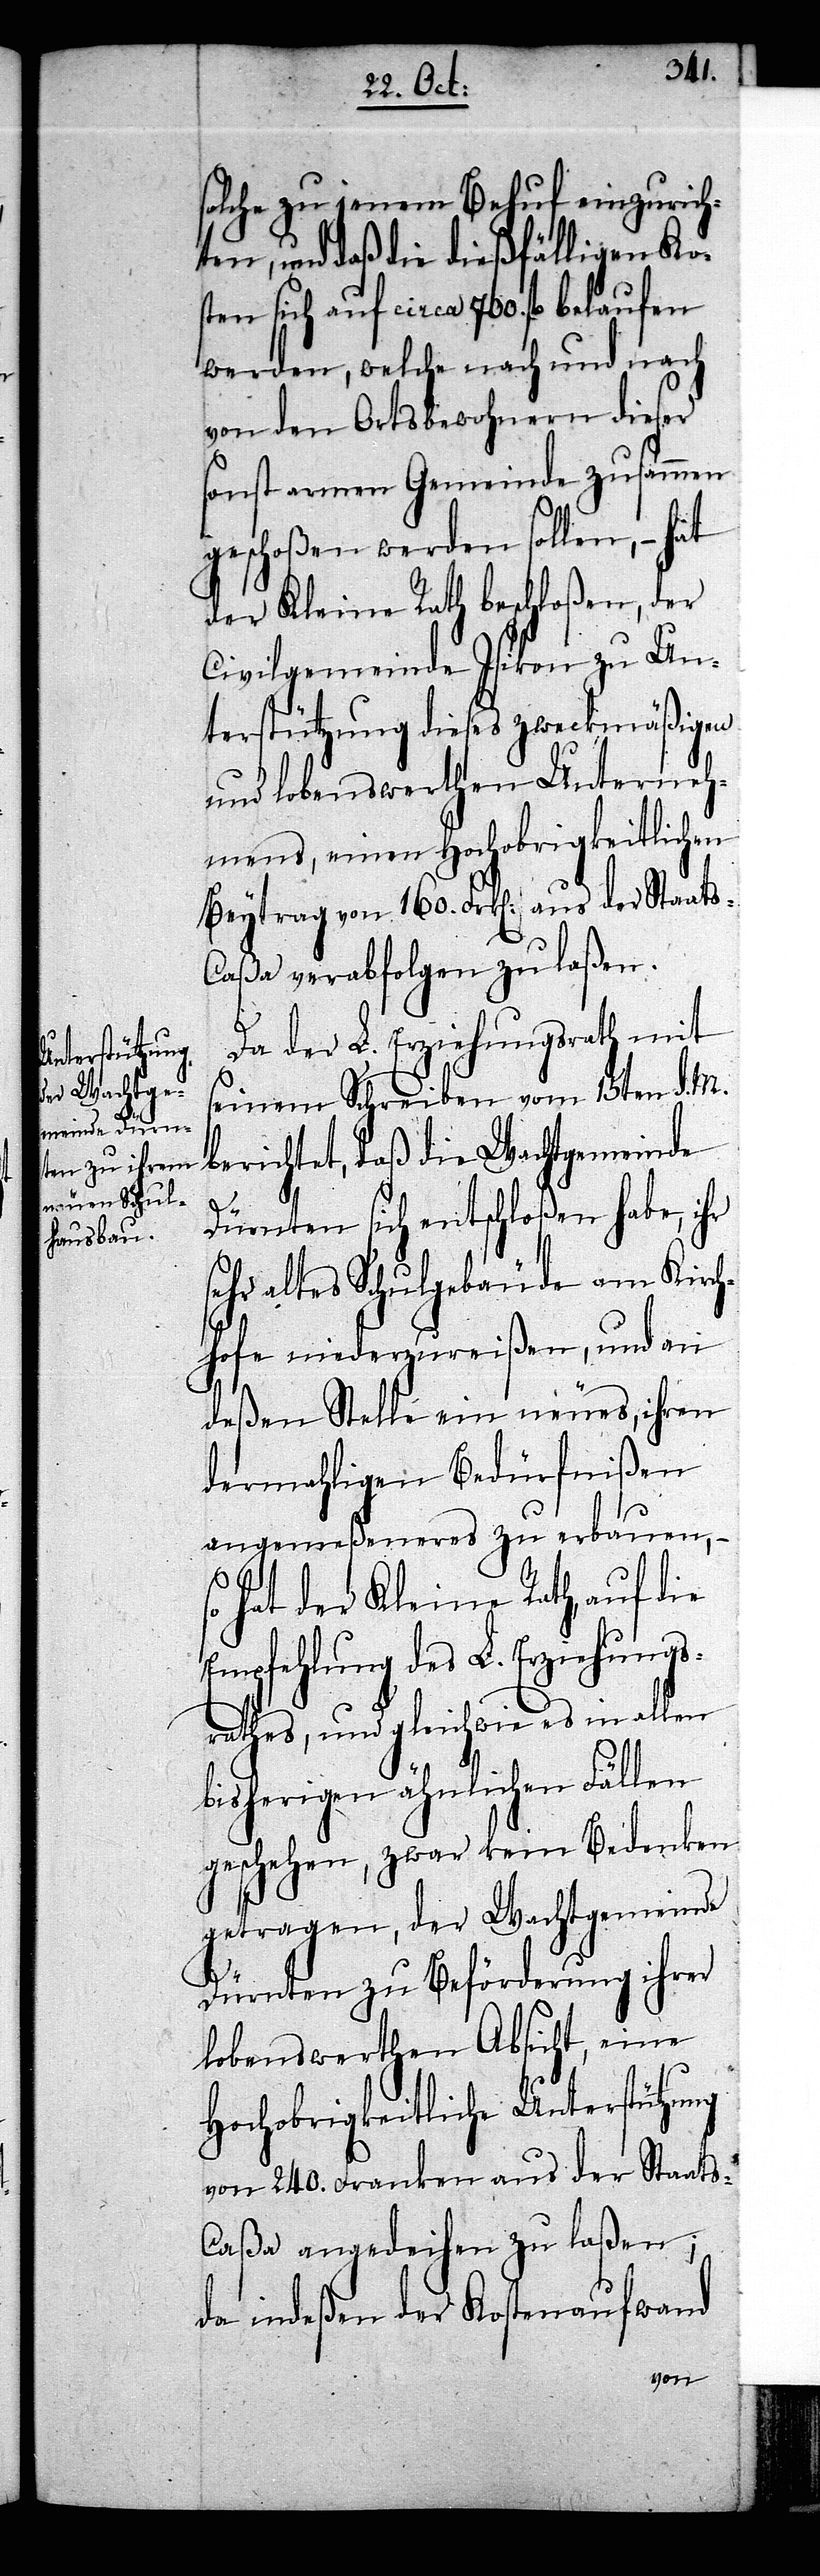
Da der L. Erziehungsrath mit
seinem Schreiben vom 15ten d. M.
berichtet, daß die Wachtgemeinde
Dürnten sich entschloßen habe, ihr
sehr altes Schulgebäude am Kirch¬
hofe niederzureißen, und an
deßen Stelle ein neues, ihren
dermahligen Bedürfnißen
angemeßeneres zu erbauen, –
so hat der Kleine Rath, auf die
Empfehlung des L. Erziehungs¬
rathes, und gleich wie es in allen
bisherigen ähnlichen Fällen
geschehen, zwar kein Bedenken
getragen, der Wachtgemeinde
Dürnten zu Beförderung ihrer
lobenswerhen Absicht, eine
Hochobrigkeitliche Unterstützung
von 240. Franken aus der Staats-C¬
aßa angedeihen zu laßen;
da indeßen der Kostenaufwand